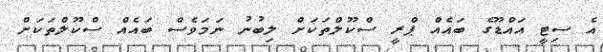
އެ ސިޓީ އައްޑޫގެ ބައެއް ޕްރީ ސްކޫލްތަކަށް ލިބުނު ނަމަވެސް ބައެއް ސްކޫލްތަކަށް